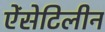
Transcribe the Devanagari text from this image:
ऐंसेटिलीन